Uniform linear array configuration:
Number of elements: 64
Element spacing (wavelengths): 0.5
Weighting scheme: blackman
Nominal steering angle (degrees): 15
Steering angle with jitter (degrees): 14.974
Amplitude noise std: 0.05
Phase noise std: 0.05

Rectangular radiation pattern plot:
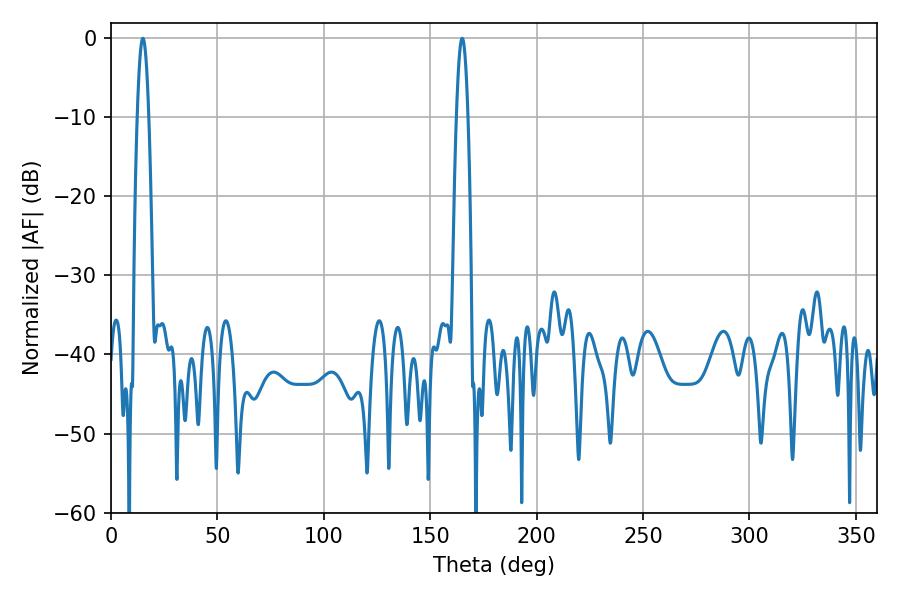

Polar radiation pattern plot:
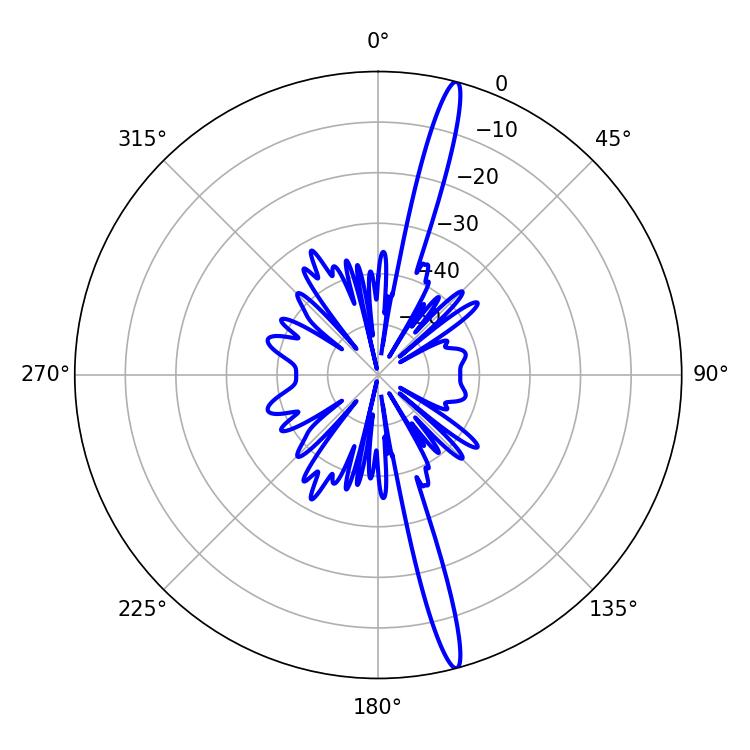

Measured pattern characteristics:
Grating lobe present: FALSE
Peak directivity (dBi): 18.351
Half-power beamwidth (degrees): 2.88
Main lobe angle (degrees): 14.94